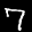
Label: 7